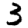
Digit: 3